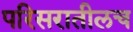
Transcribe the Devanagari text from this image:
परिसरातीलच